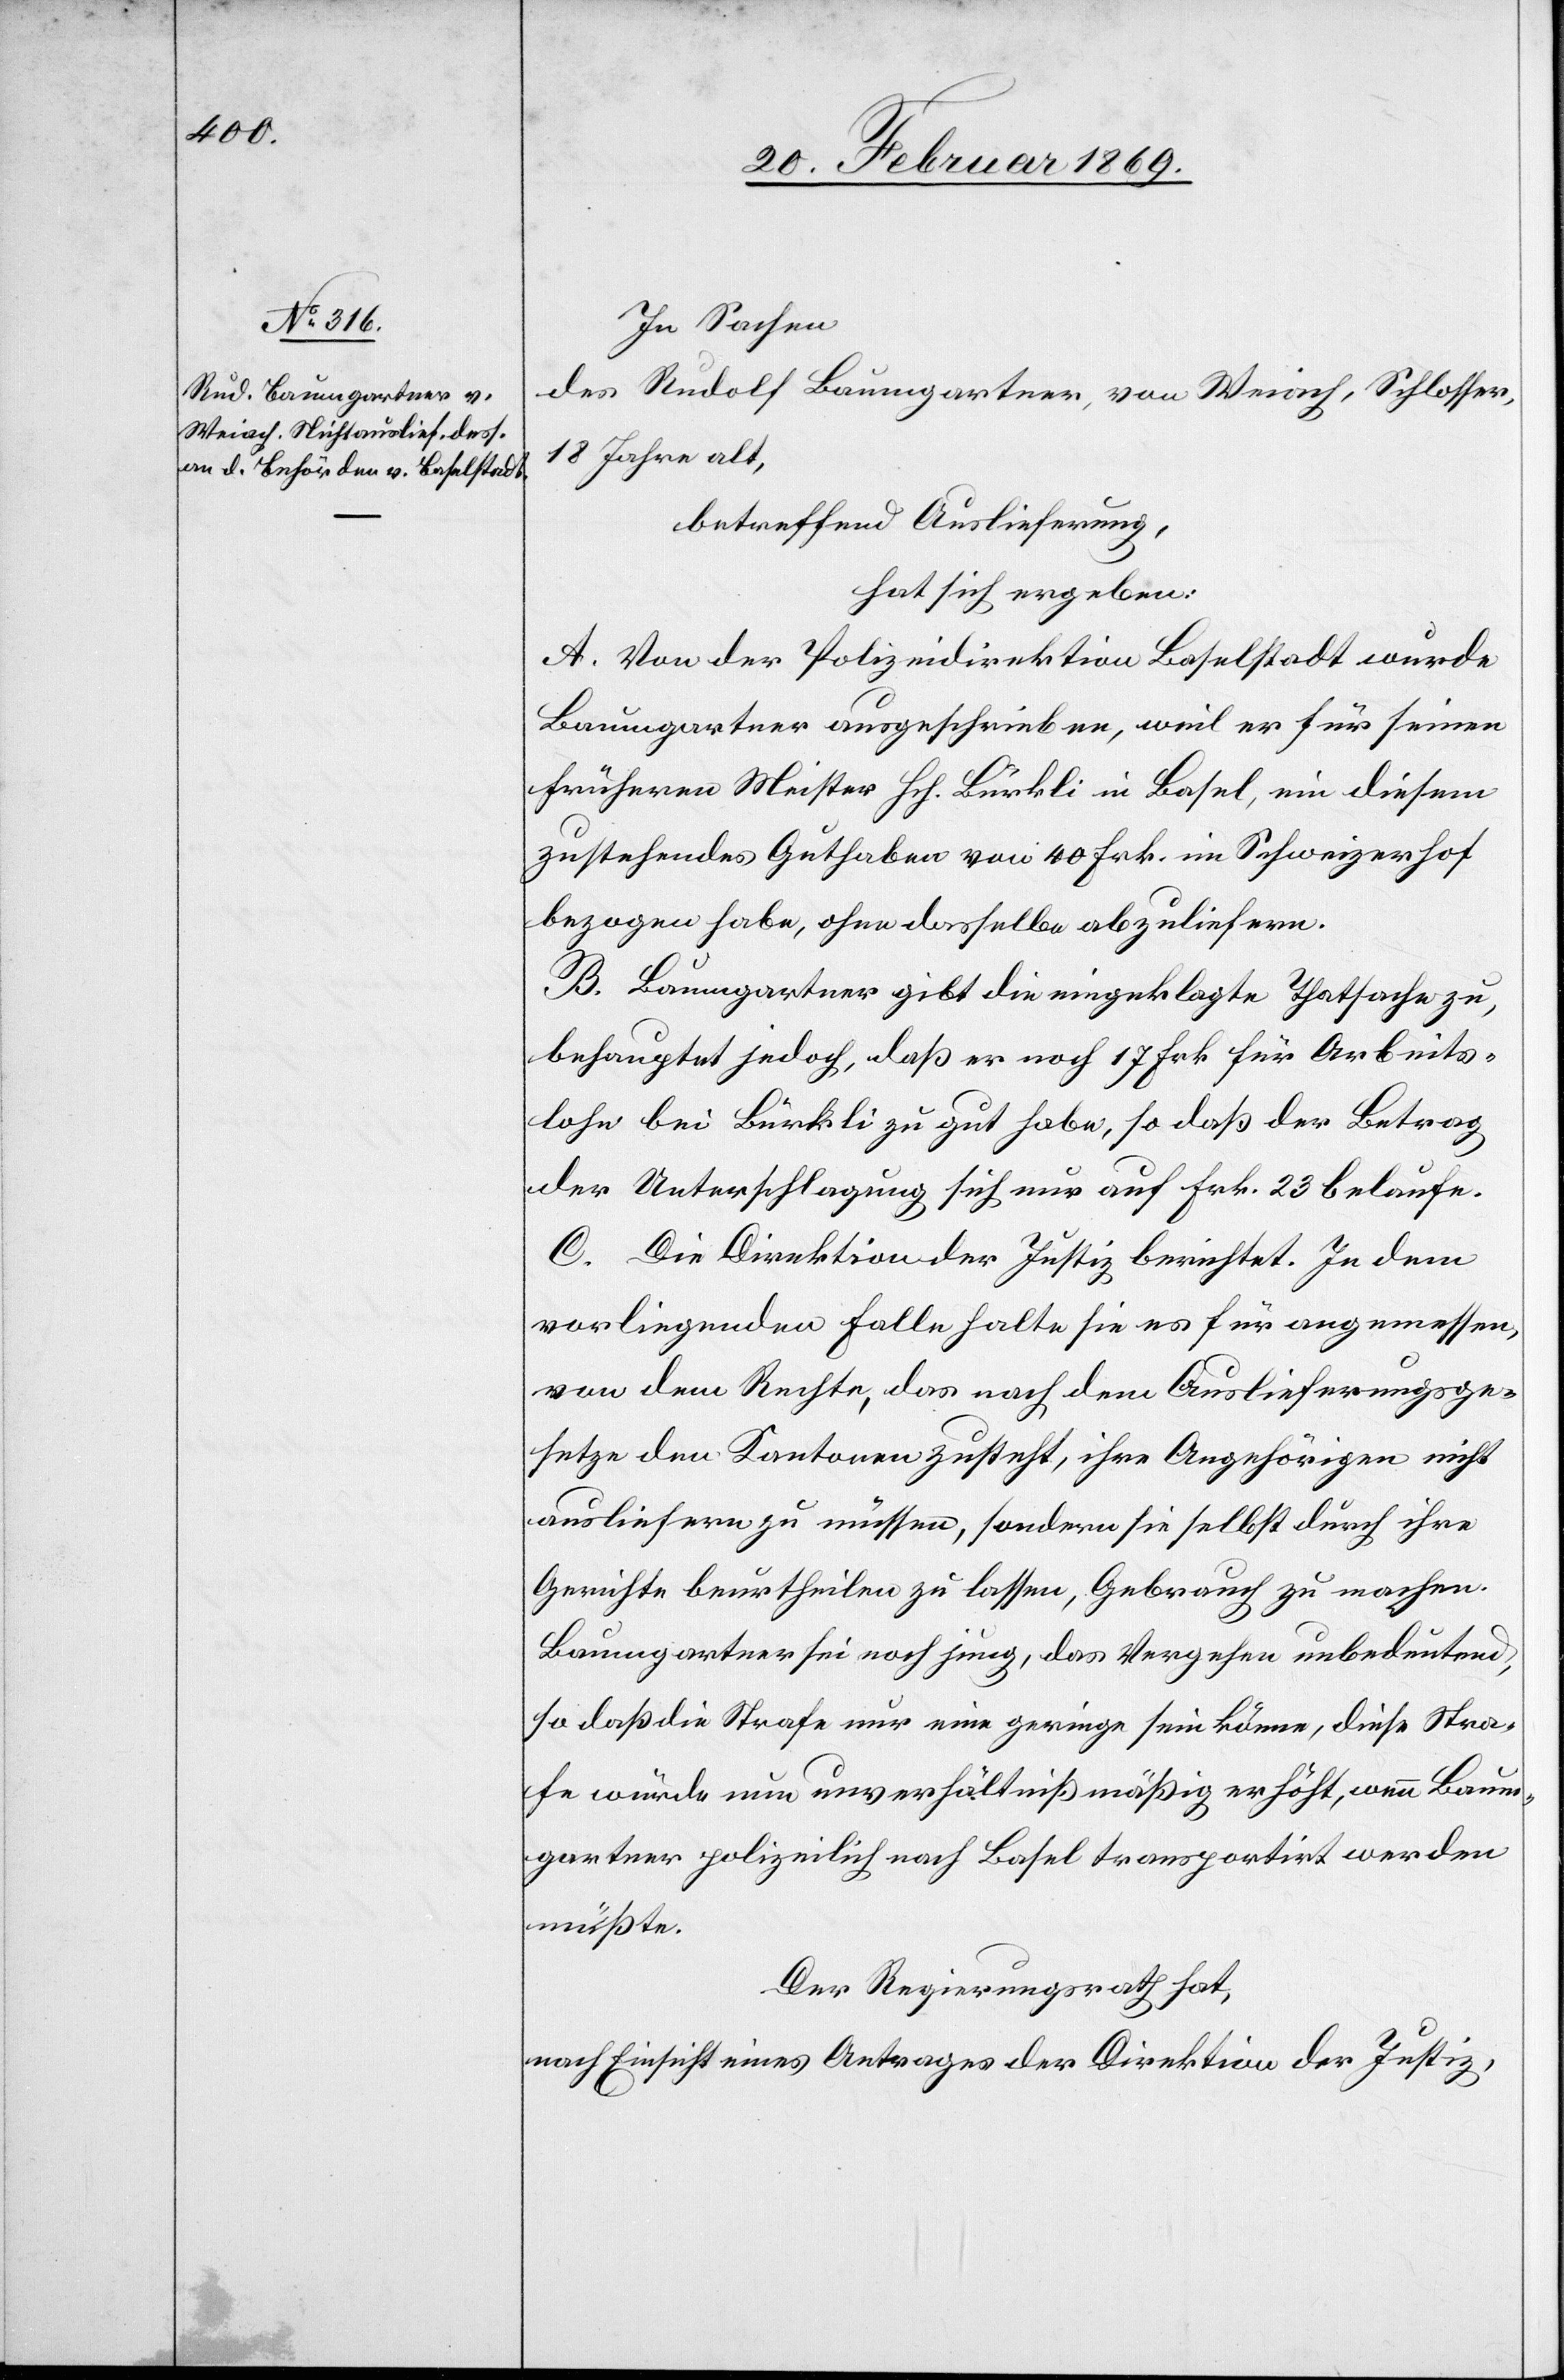
In Sachen,
des Rudolf Baumgartner, von Weiach, Schlosser,
betreffend Auslieferung,
hat sich ergeben:
A. Von der Polizeidirektion Baselstadt wurde
Baumgartner ausgeschrieben, weil er für seinen
frühern Meister Hch. Bürkli in Basel, ein diesem
zustehendes Guthaben von 40 Frk. im Schweizerhof
bezogen habe, ohne dasselbe abzuliefern.
B. Baumgartner gibt die eingelegte Thatsache zu,
behauptet jedoch, daß er noch 17 Frk. für Arbeits¬
lohn bei Bürkli zu gut habe, so daß der Betrag
der Unterschlagung sich nur auf Frk. 23 belaufe.
C. Die Direktion der Justiz berichtet. In dem
vorliegenden Falle halte sie es für angemessen,
von dem Rechte, das nach dem Auslieferungsge¬
setze den Kantonen zusteht, ihre Angehörigen nicht
ausliefern zu müssen, sondern sie selbst durch ihre
Gerichte beurtheilen zu lassen, Gebrauch zu machen.
Baumgartner sei noch jung, das Vergehen unbedeutend,
so daß die Strafe nur eine geringe sein könne, diese Stra¬
fe würde nun unverhältnißmäßig erhöht, wenn Baum¬
gartner polizeilich nach Basel transportirt werden
müßte.
Der Regierungsrath hat,
nach Einsicht eines Antrages der Direktion der Justiz,